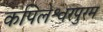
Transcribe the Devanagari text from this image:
कपिलेश्वरपुरम